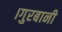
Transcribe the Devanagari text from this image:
।गुरबानी